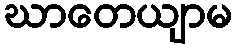
ဃာတေယျာမ